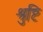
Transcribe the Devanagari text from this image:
श्रुष्टि